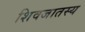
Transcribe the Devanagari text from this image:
शिवजातस्य